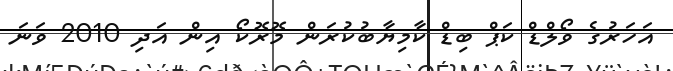
އަހަރުގެ ވޯލްޑް ކަޕް ބިޑް ކާމިޔާބުކުރަން މޮރޮކޯ އިން އަދި 2010 ވަނަ